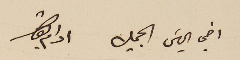
اخي الياسَ الجميل ادام بقاك